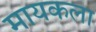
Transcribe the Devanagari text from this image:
मायकला